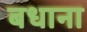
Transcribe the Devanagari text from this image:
बधाना